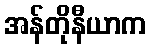
အန်တိုနီယာက